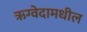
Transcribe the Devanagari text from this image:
ऋग्वेदामधील